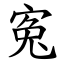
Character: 寃